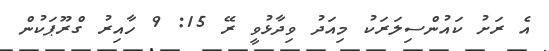
އެ ރަށު ކައުންސިލަރަކު މިއަދު ވިދާޅުވީ ރޭ 15: 9 ހާއިރު ގްރޫޕަކުން